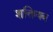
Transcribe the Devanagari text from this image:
शक्तियब